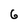
Character: 6